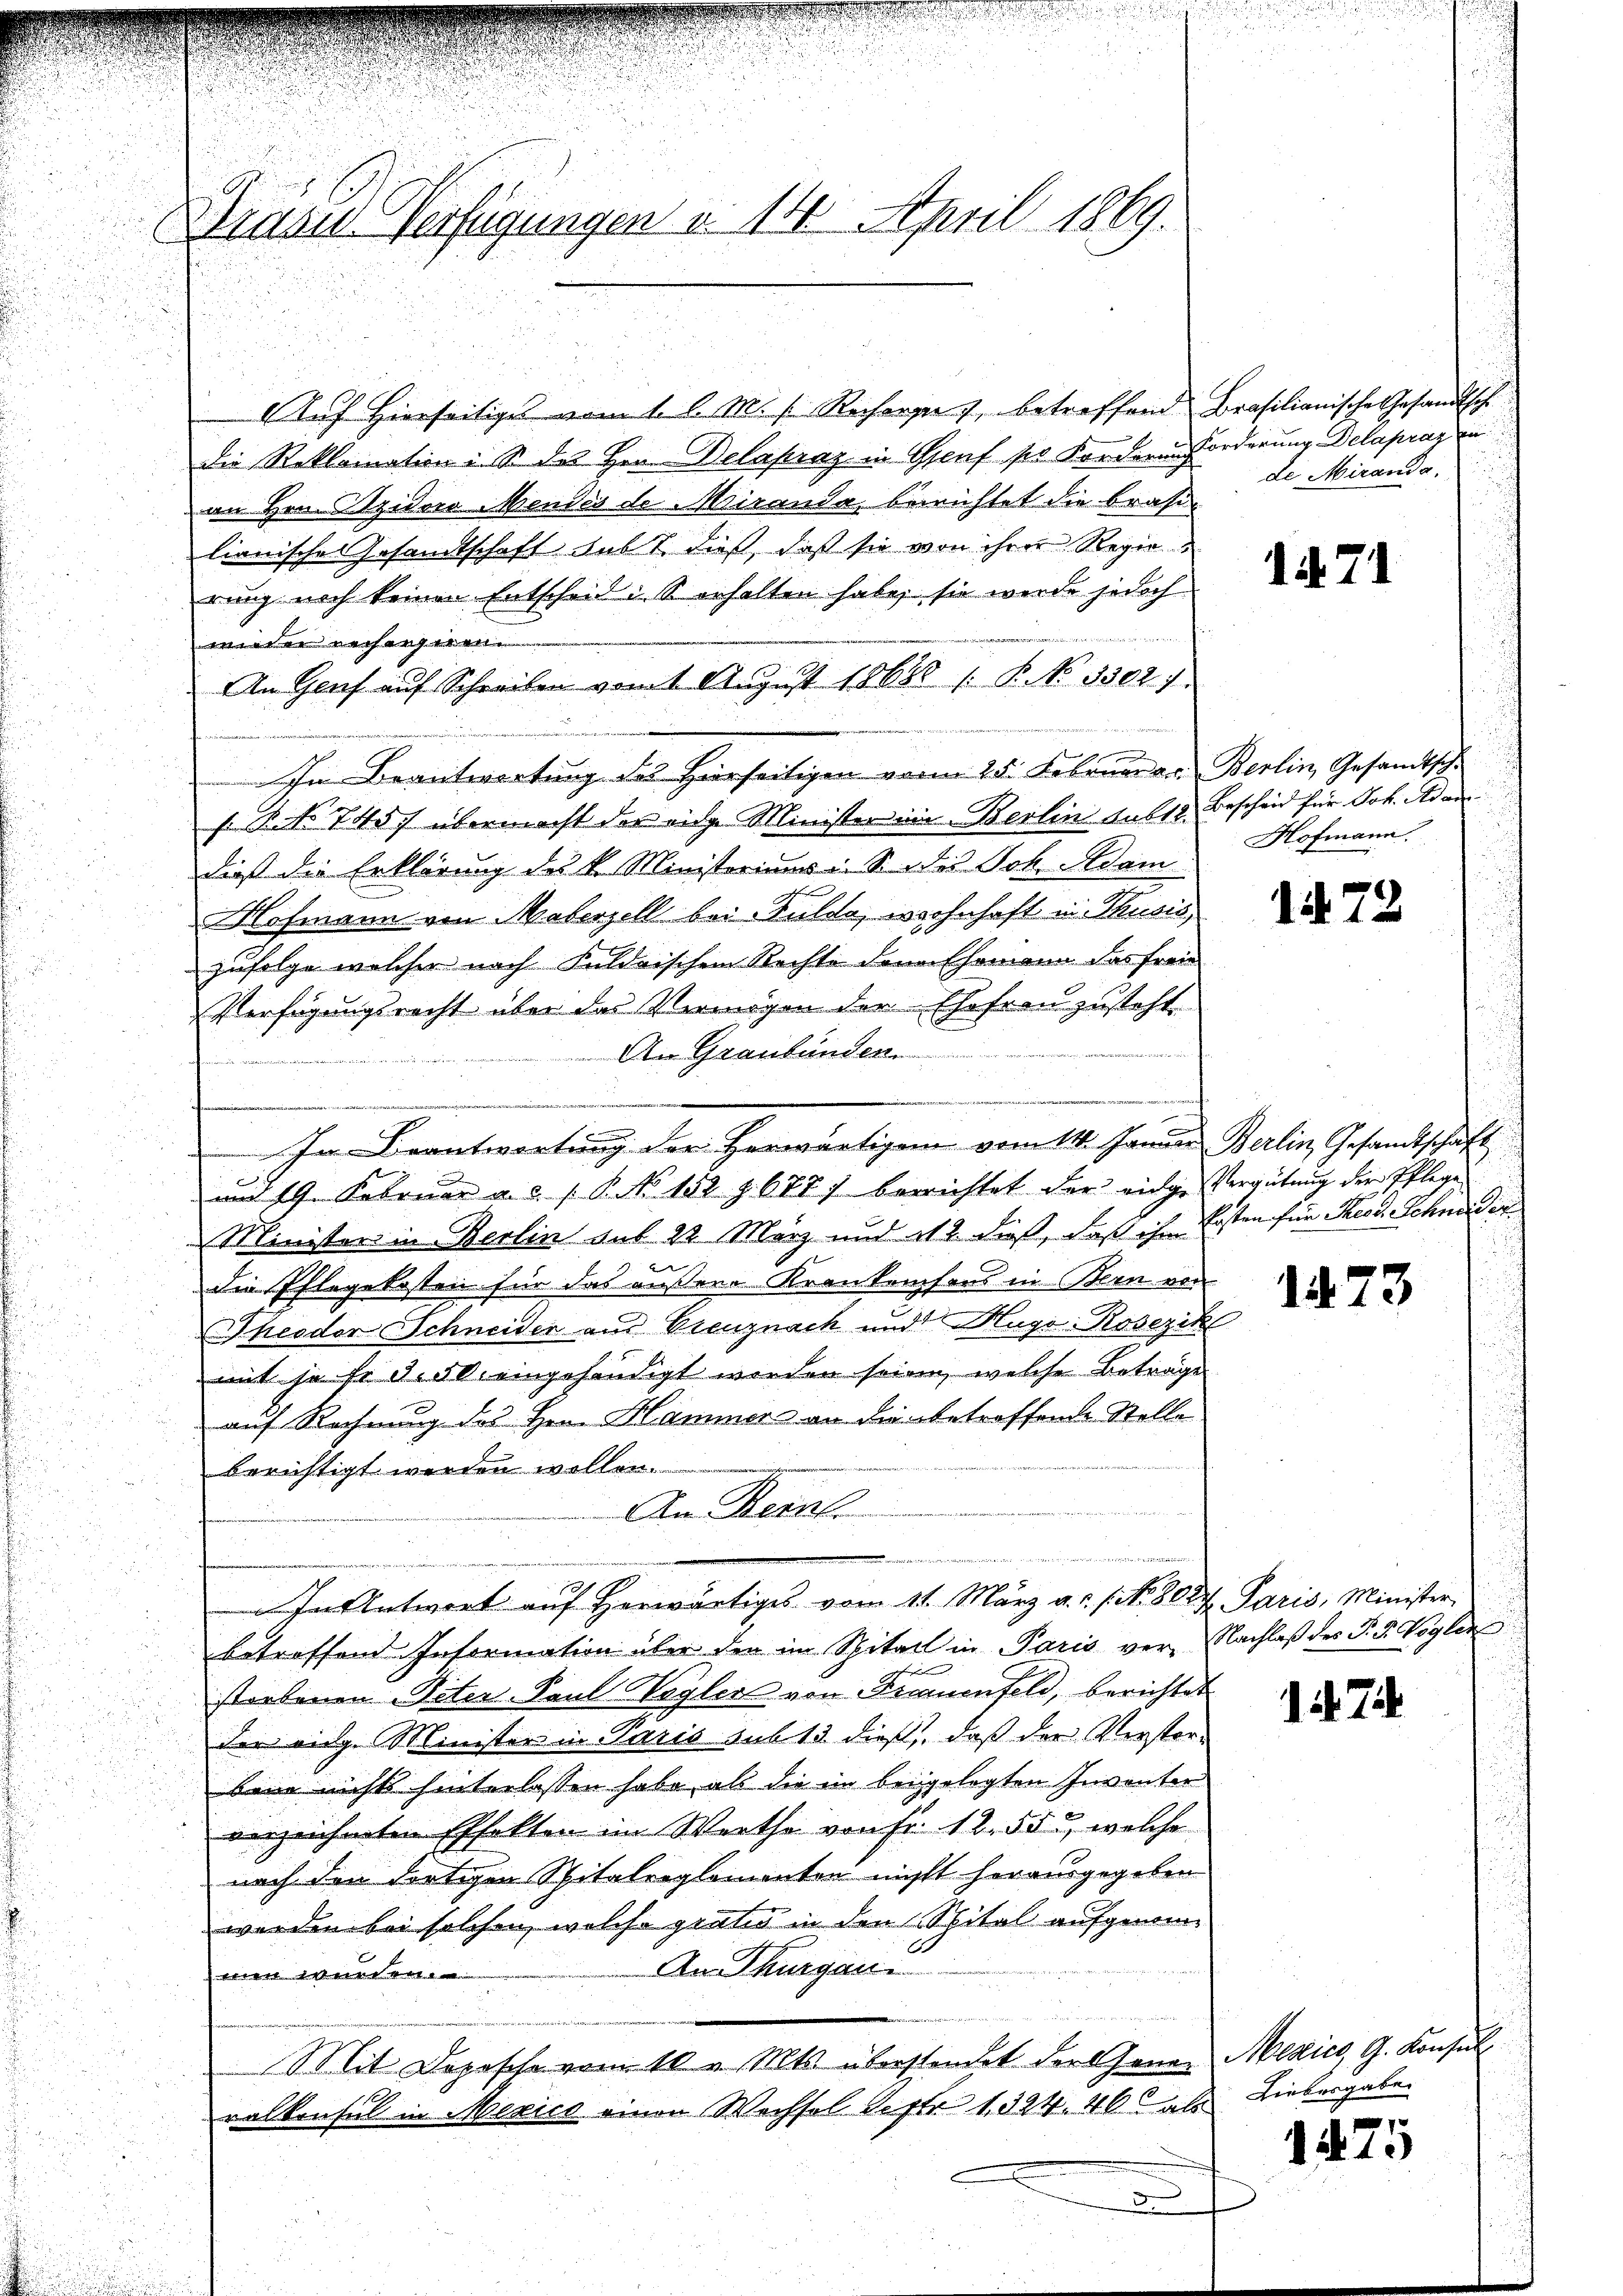
Gräuel Verfügungen v. 14. April 1889.

Auf hierseitiges vom 1. l. M. h. Recharger, betreffend Brasilianisches Gesandtsch.
die Reklamation ist des Hrn. Delapraz in Genf po Forderen Forderung Delapraz an
an Hrn. Sider Mendes de Miranda, berichtet die brasi-
lianische Gesandtschaft subt dieß, daß sie von ihrer Regierung noch keinen Entscheid u. S. erhalten habe, sie werde jedoch

wider rechergeren
An Genf auf Schreiben vom 1 August 18688 1. P. No 3302/
Im Beantwortung des Hierseitigen vom 25. Februar gr. Berlin, Gesandtschf Ro 745. übermacht der eidge Minister ein Berlin sub 10. Bescheid für Joh. Adam
dieß die Erklärung des k. Ministeriums u. S. des Joh. Adam
Hofmann von Malerzell bei Gulde, wohnhaft in Thusis
zufolge welcher nach Fuldrischen Rechte dem Ehemann das freie
Verfügungsrecht über das Vermögen der Ehefrau zustehte
An Graubünden.
.
e
In Beantwortung der Herwärtigem vom 14. Janur Berlin Gesamtschaft
|
und 19. Februar a. d. 1. P. No. 152 § 6777 berichtet der eidge Vergütŭng der Pflege
Ministers in Berlin aus 22. März und 112 dieß, daß ihr Kosten für Theod. Schneiderdie Pflegekosten für das äußere Krankenhaus in Bern von
Theodor Schneider aus Grenznach und Hugo Rosezik
mit je fr d. 50. eingehändigt werden sein, welche Beträge
auf Rechnung des Hrn. Hammer an die betroffende Stelle
berichtigt werden wollen.
An Herrl
e
 In Antwort auf herwärtiges vom 11. März a.c. s. No. 8027 Paris, Minister,
betreffend Information über den im Spital in Paris ver-Nachlaß des P. G. Vogler
d
strebenen Peter Paul Wayler von Frauenfeld, berichtet
der eidg. Minister in Paris sub 13. dieß, daß der Verstorbene nichts hinterlassen habe, als die in beigelegten Inventer
verzeichneten Effekten im Werthe von Fr. 12. 55, welche
nach den dortigen Spitalreglementen nicht herausgegeben
werden bei solchen, welche gratis in den Spital aufgenom
An Thurgau.
me
Mit Dopische vom 10. Mts. überstandet der Gener
ralkonsul in Mexico einen Wechsel Sept. 1324. 46 ab

de Miranda.

1 i

Hofmann

i

1473

1474

Mexico, G. Konsul
Liebesgabe.

1475